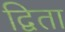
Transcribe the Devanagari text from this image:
द्विता